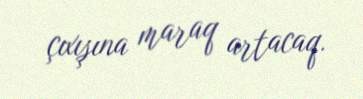
çıxışına maraq artacaq.